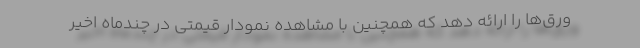
ورق‌ها را ارائه دهد که همچنین با مشاهده نمودار قیمتی در چندماه اخیر